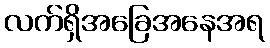
လက်ရှိအခြေအနေအရ